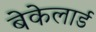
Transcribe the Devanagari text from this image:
बेकेलार्ड